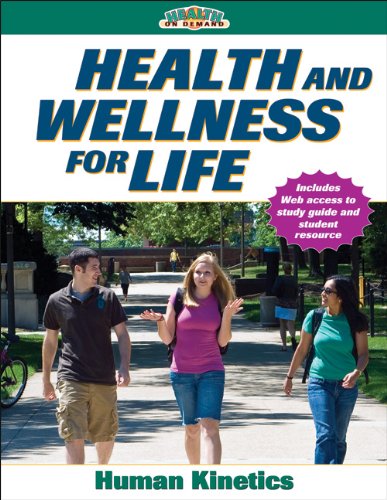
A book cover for Health and Wellness for Life With Online Study Guide (Health on Demand); Human Kinetics; Medical Books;